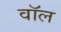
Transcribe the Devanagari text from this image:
वाॅल